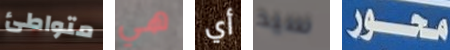
متواطئ هي أي سيد محور